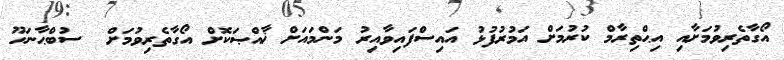
އޯގާތެރިވުމަށާއި އިޙްތިރާމް ކުރުމަށް އަމުރުފުޅު އައިސްފައިވާއިރު މަންމައަށް ޚާއްޞަކޮށް އޯގާތެރިވުމަށް  ސުބްޙާނަހޫ